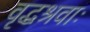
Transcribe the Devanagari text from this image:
वृद्धश्रवाः